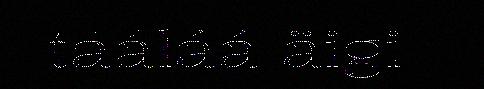
tááláá äigi